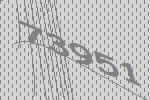
73951